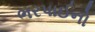
ભરપાઈનો